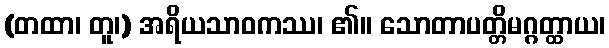
(တထာ၊ တူ၊) အရိယသာဝကဿ၊ ၏။ သောတာပတ္တိမဂ္ဂတ္ထာယ၊